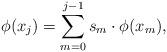
LaTeX: \begin{align*}\phi(x_j) = \sum_{m=0}^{j-1} s_m \cdot \phi(x_m),\end{align*}